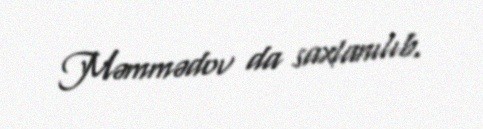
Məmmədov da saxlanılıb.